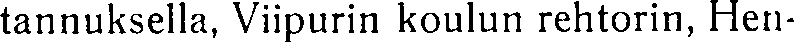
tannuksella, Viipurin koulun rehtorin, Hen-